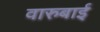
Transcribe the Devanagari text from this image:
वारुबाई